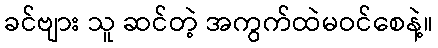
ခင်ဗျား သူ ဆင်တဲ့ အကွက်ထဲမဝင်စေနဲ့။